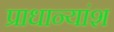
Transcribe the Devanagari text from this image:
प्राधान्यांश